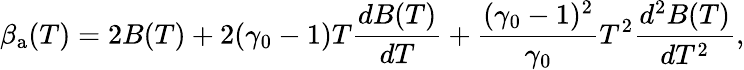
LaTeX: \beta_{\mathrm{a}}(T)=2B(T)+2(\gamma_{0}-1)T\frac{dB(T)}{dT}+\frac{(\gamma_{0}-1)^{2}}{\gamma_{0}}T^{2}\frac{d^{2}B(T)}{dT^{2}},